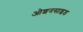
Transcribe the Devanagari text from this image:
ओशनसाइड